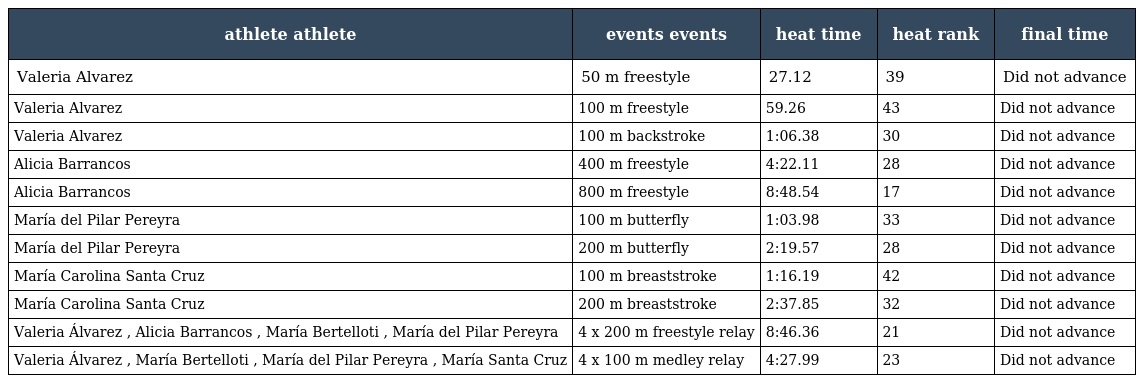
| athlete athlete | events events | heat time | heat rank | final time |
 | --- | --- | --- | --- | --- |
 | Valeria Alvarez | 50 m freestyle | 27.12 | 39 | Did not advance |
 | Valeria Alvarez | 100 m freestyle | 59.26 | 43 | Did not advance |
 | Valeria Alvarez | 100 m backstroke | 1:06.38 | 30 | Did not advance |
 | Alicia Barrancos | 400 m freestyle | 4:22.11 | 28 | Did not advance |
 | Alicia Barrancos | 800 m freestyle | 8:48.54 | 17 | Did not advance |
 | María del Pilar Pereyra | 100 m butterfly | 1:03.98 | 33 | Did not advance |
 | María del Pilar Pereyra | 200 m butterfly | 2:19.57 | 28 | Did not advance |
 | María Carolina Santa Cruz | 100 m breaststroke | 1:16.19 | 42 | Did not advance |
 | María Carolina Santa Cruz | 200 m breaststroke | 2:37.85 | 32 | Did not advance |
 | Valeria Álvarez , Alicia Barrancos , María Bertelloti , María del Pilar Pereyra | 4 x 200 m freestyle relay | 8:46.36 | 21 | Did not advance |
 | Valeria Álvarez , María Bertelloti , María del Pilar Pereyra , María Santa Cruz | 4 x 100 m medley relay | 4:27.99 | 23 | Did not advance |